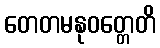
တေတမနုဝတ္တေတိ